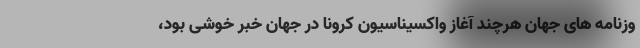
وزنامه های جهان هرچند آغاز واکسیناسیون کرونا در جهان خبر خوشی بود،